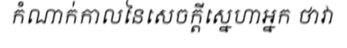
កំណាក់កាលនៃសេចក្តីស្នេហាអ្នក ថាវា